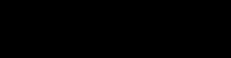
0.20